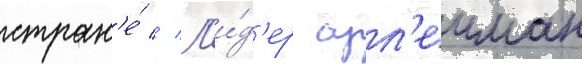
стран'е́ // Л'и́д'ер сул'еиман